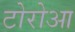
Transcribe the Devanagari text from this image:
टोरोआ